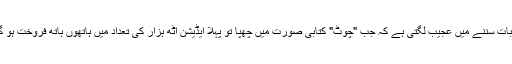
آج یہ بات سننے میں عجیب لگتی ہے کہ جب "چوٹ" کتابی صورت میں چھپا تو پہلا ایڈیشن آٹھ ہزار کی تعداد میں ہاتھوں ہاتھ فروخت ہو گیا تھا۔